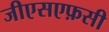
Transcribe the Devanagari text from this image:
जीएसएफ़सी